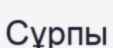
Сұрпы